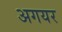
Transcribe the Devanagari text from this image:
अगयर